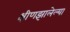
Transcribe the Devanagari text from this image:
क्षीणझालेल्या